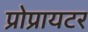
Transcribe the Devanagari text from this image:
प्रोप्रायटर